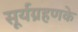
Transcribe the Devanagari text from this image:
सूर्यग्रहणके